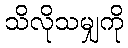
သိလိုသမျှကို